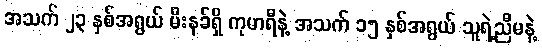
အသက် ၂၃ နှစ်အရွယ် မီးနခ်ရှိ ကုမာရီနဲ့ အသက် ၁၅ နှစ်အရွယ် သူရဲ့ညီမနဲ့